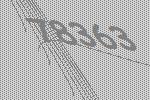
78363